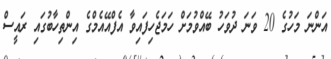
އަންނަ މަހުގެ 20 ވަނަ ދުވަހު ބޭއްވުމަށް ހަމަޖެހިފައިވާ އެފްއޭއެމްގެ އިންތިހާބުގައި ރައީސް